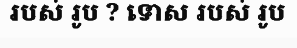
របស់ រូប ? ទោស របស់ រូប